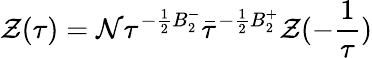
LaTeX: {\cal{Z}}(\tau{})={\cal N}\tau^{-\frac{1}{2}B_{2}^{-}}\bar{\tau}^{-\frac{1}{2}B_{2}^{+}}{\cal{Z}}(-\frac{1}{\tau})